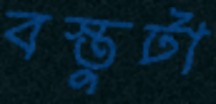
বস্তুটা